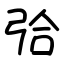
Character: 㢵